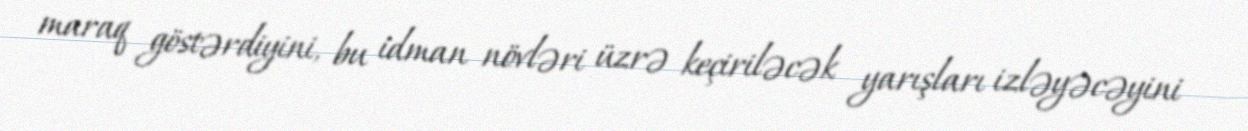
maraq göstərdiyini, bu idman növləri üzrə keçiriləcək yarışları izləyəcəyini